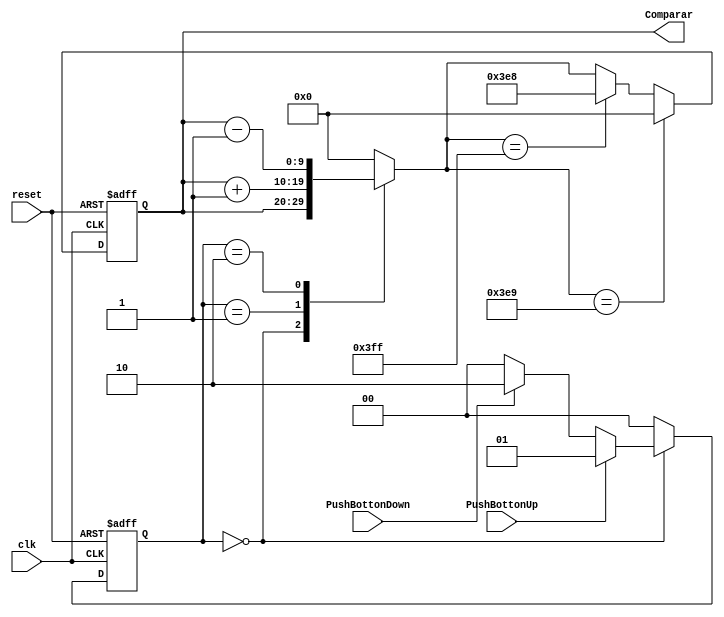
`timescale 1ns / 1ps
//////////////////////////////////////////////////////////////////////////////////
// Company: 
// Engineer: 
// 
// Design Name: 
// Module Name:    MaquinaPWM 
// Project Name: 
// Target Devices: 
// Tool versions: 
// Description: 
//
// Dependencies: 
//
// Revision: 
// Revision 0.01 - File Created
// Additional Comments: 
//
//////////////////////////////////////////////////////////////////////////////////
module MaquinaPWM(
	 input wire clk,reset,
	 input wire PushBottonUp, PushBottonDown,
	 output reg [9:0] Comparar = 10'd0 //Log en base dos de mil, da 9,96 aprox 10 bits.
);

reg [9:0] CompararPresente = 10'd0;
reg [9:0] CompararProximo = 10'd0;

// Asignacin de estados
localparam [1:0]

ESPERA=2'b00,
SUMA=2'b01,
RESTA=2'b10;



// Asignacin de los cambios de estado
reg[1:0] ESTADO_PRESENTE = 2'd0;
reg[1:0] ESTADO_PROXIMO = 2'd0;


//Funcionamiento de la parte secuencial de la mquina de estados
always@(posedge clk ,posedge reset) //Parte secuencial

     if(reset)
			begin
	        ESTADO_PRESENTE<=ESPERA;
			  CompararPresente<=10'd0;
			end

	  else 
			begin
	        ESTADO_PRESENTE<=ESTADO_PROXIMO;
			  if (CompararProximo==10'd1001)
					CompararPresente<=10'd0;
			  else if (CompararProximo==10'd1023)
					CompararPresente<=10'd1000;
			  else
					CompararPresente<=CompararProximo;
			end

//Parte combinacional de Cambio de estado 
always@*
	begin
		ESTADO_PROXIMO = 2'd0;
		CompararProximo = 10'd0;
	
		case(ESTADO_PRESENTE)
	
			ESPERA:
			begin
				CompararProximo=CompararPresente;			
				if(PushBottonUp)
					ESTADO_PROXIMO=SUMA;
				else if(PushBottonDown)
					ESTADO_PROXIMO=RESTA;
				else
					ESTADO_PROXIMO=ESPERA;
			end
		
			SUMA:
				begin
					ESTADO_PROXIMO=ESPERA;
					CompararProximo = CompararPresente + 1'd1;
				end

			RESTA:
				begin
					ESTADO_PROXIMO=ESPERA;
					CompararProximo = CompararPresente - 1'd1; 
				end
			
			default:
				begin
					ESTADO_PROXIMO=ESPERA;
					CompararProximo = 10'd0;
				end	
		endcase
	end
	
always@* Comparar <= CompararPresente;

endmodule